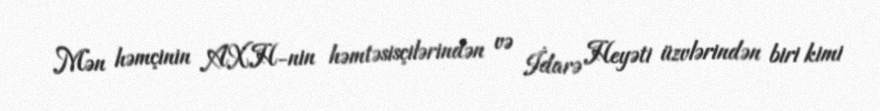
Mən həmçinin AXH-nin həmtəsisçilərindən və İdarə Heyəti üzvlərindən biri kimi